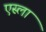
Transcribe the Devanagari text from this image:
एस्ला